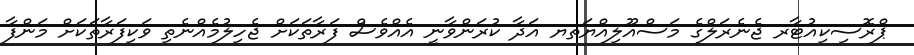
ޕްރޮސިކިއުޓާރ ޖެނެރަލްގެ މަސްއޫލިއްޔަތޔ އަދާ ކުރަންވާނީ އެއްވެސް ފަރާތަކަށް ޖެހިލުމެއްނެތި ވަކިފަރާތަކަށް މަންފާ